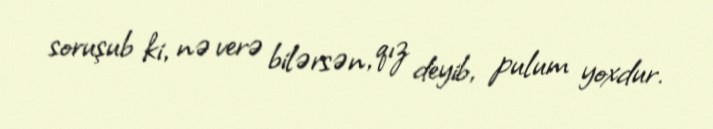
soruşub ki, nə verə bilərsən, qız deyib, pulum yoxdur.